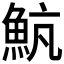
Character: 𩶞